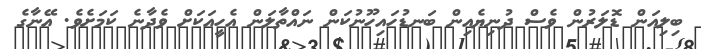
ބިލިއަން ޑޮލަރުން ވެސް ދުނިޔެއިން ބަނޑުހައިހޫނުކަން ނައްތާލަން އެހީއަކަށް ވެދާނެ ކަމަށެވެ. އޭނާގެ